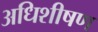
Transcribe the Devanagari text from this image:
अधिशीषण